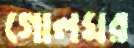
গোলঘর